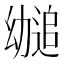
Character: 𫷤